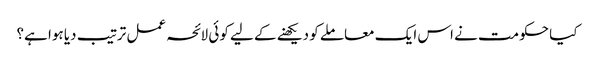
کیا حکومت نے اس ایک معاملے کو دیکھنے کے لیے کوئی لائحہ عمل ترتیب دیا ہوا ہے؟